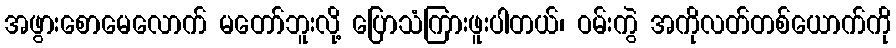
အဖွားစောမေလောက် မတော်ဘူးလို့ ပြောသံကြားဖူးပါတယ်၊ ဝမ်းကွဲ အကိုလတ်တစ်ယောက်ကို